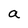
Character: a